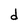
Character: d